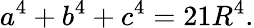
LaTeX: a^{4}+b^{4}+c^{4}=21R^{4}.